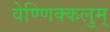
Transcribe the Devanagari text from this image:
वेण्णिक्कलुम्